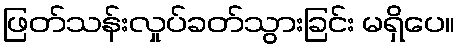
ဖြတ်သန်းလှုပ်ခတ်သွားခြင်း မရှိပေ။